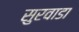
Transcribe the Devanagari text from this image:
सुरवाडा